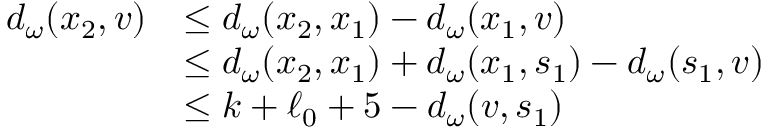
\begin{array} { r l } { d _ { \omega } ( x _ { 2 } , v ) } & { \le d _ { \omega } ( x _ { 2 } , x _ { 1 } ) - d _ { \omega } ( x _ { 1 } , v ) } \\ & { \le d _ { \omega } ( x _ { 2 } , x _ { 1 } ) + d _ { \omega } ( x _ { 1 } , s _ { 1 } ) - d _ { \omega } ( s _ { 1 } , v ) } \\ & { \le k + \ell _ { 0 } + 5 - d _ { \omega } ( v , s _ { 1 } ) } \end{array}